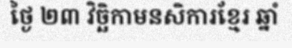
ថ្ងៃ ២៣ វិច្ឆិកាមនសិការខ្មែរ ឆ្នាំ